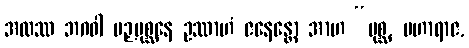
အထဿ ဘဂဝါ ပဉှပုစ္ဆနေ ဥဿာဟံ ဇနေန္တော အာဟ “ပုစ္ဆ, မဟာရာဇ,